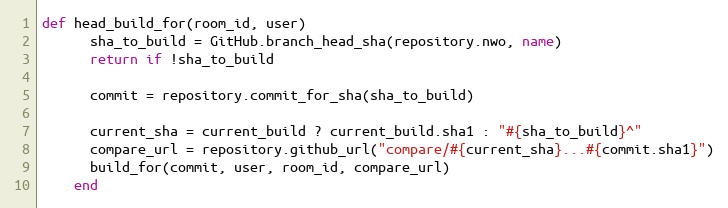
Language: Ruby
def head_build_for(room_id, user)
      sha_to_build = GitHub.branch_head_sha(repository.nwo, name)
      return if !sha_to_build

      commit = repository.commit_for_sha(sha_to_build)

      current_sha = current_build ? current_build.sha1 : "#{sha_to_build}^"
      compare_url = repository.github_url("compare/#{current_sha}...#{commit.sha1}")
      build_for(commit, user, room_id, compare_url)
    end